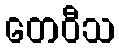
တေဝီသ